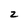
Character: z